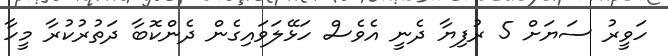
ހަވީރު ސަޔަށް 5 ރުފިޔާ ދެނީ އެވެސް ހަޅޭލަވައިގެން ދެންކޮބާ ދަތުރުކުރާ މީހާ